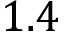
1 . 4